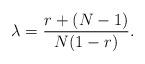
LaTeX: \begin{align*}\lambda=\frac{r+(N-1)}{N(1-r)}. \end{align*}